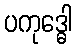
ပကုဒ္ဓေါ